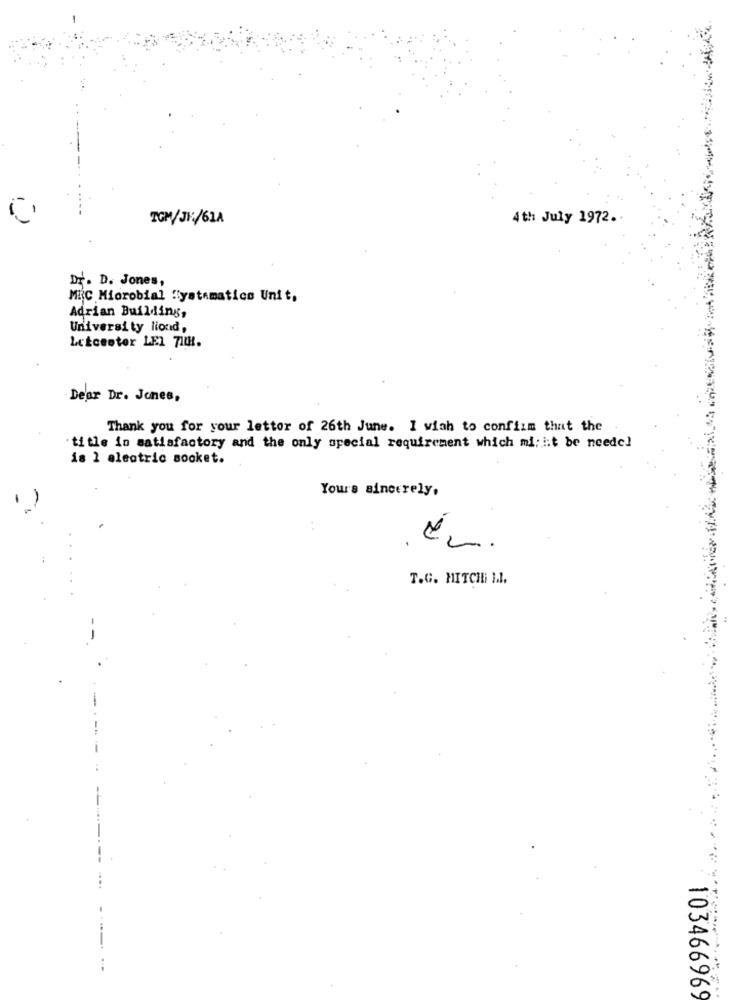
TGM/JF/61A
4 th July 1972.
Dr. D. Jones,
MIC Microbial "yatematics Unit,
Adrian Building,
University lioud,
Letcenter LEI 71H.
Dear Dr. Jones,
Thank you for your letter of 26th June. I wish to confirm that the
title in satisfactory and the only special requirement which mi; it be needel
is 1 electric socket.
Yours sincerely.
2
T.G. HITCHI MI.
103466969